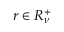
r \in R _ { \nu } ^ { + }